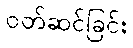
ဝတ်ဆင်ခြင်း